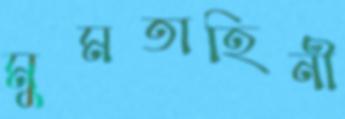
মুমতাহিনী